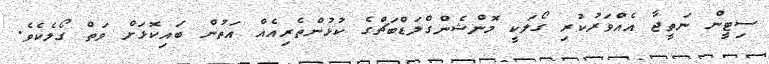
ސިޓީން ނަތީޖާ އެއްވަރުކުރި ގޯލަކީ މޮންޝެންގްލަޑްބަޗްގެ ކުޅުންތެރިއެއް އަތުން ބައިކޮޅަށް ވަތް ގޯލެކެވެ.